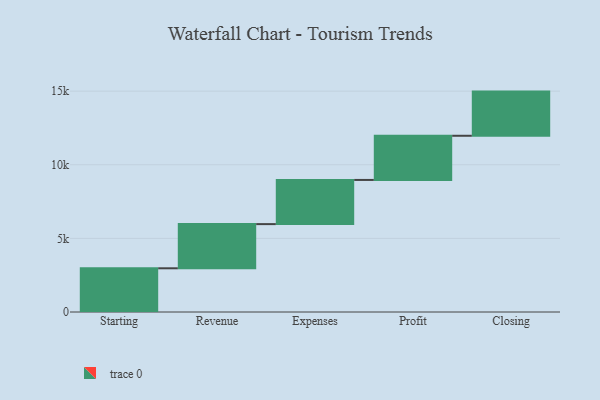
{"axis": {"x": "Step", "y": "Value"}, "legend": [""], "data": [{"x": "Starting", "y": 2969.0, "type": ""}, {"x": "Revenue", "y": 3000, "type": ""}, {"x": "Expenses", "y": 3000, "type": ""}, {"x": "Profit", "y": 3000, "type": ""}, {"x": "Closing", "y": 3000, "type": ""}]}